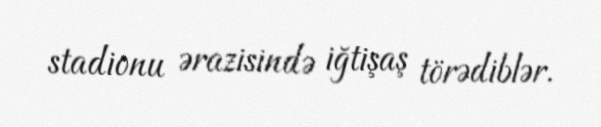
stadionu ərazisində iğtişaş törədiblər.